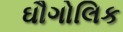
ઘૌગોલિક